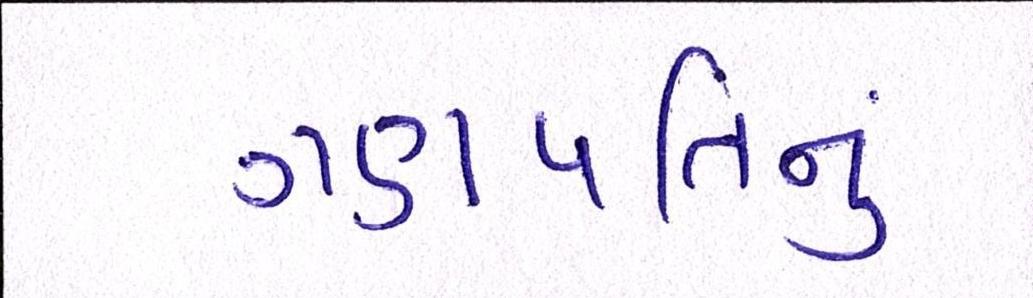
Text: ગણપતિનું